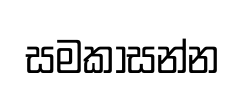
සමකාසන්න